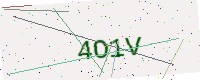
Text: 4O1V